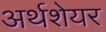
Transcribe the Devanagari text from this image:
अर्थशेयर